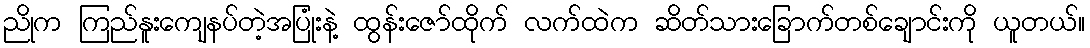
ညိုက ကြည်နူးကျေနပ်တဲ့အပြုံးနဲ့ ထွန်းဇော်ထိုက် လက်ထဲက ဆိတ်သားခြောက်တစ်ချောင်းကို ယူတယ်။